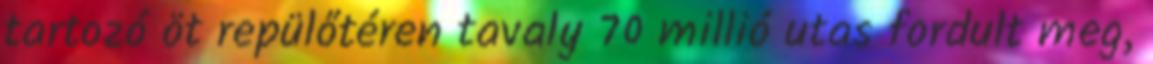
tartozó öt repülőtéren tavaly 70 millió utas fordult meg,